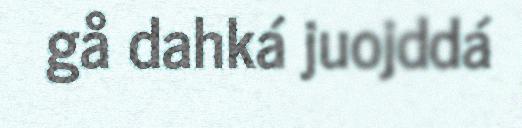
gå dahká juojddá